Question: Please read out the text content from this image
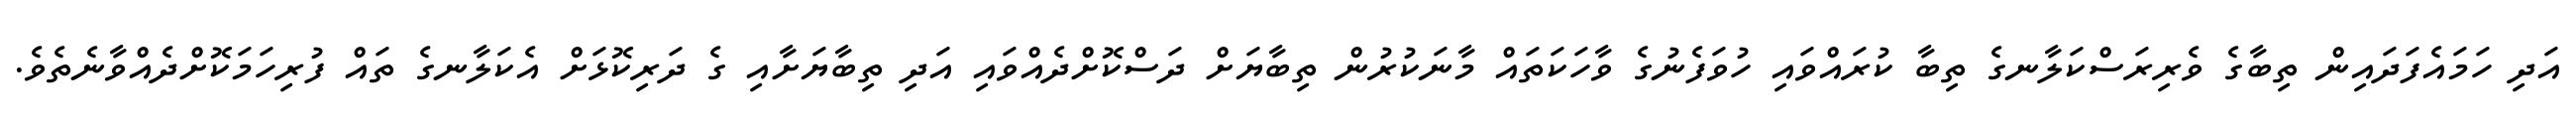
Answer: އަދި ހަމައެފަދައިން ތިބާގެ ވެރިރަސްކަލާނގެ ތިބާ ކުރައްވައި ހުވަފެނުގެ ވާހަކަތައް މާނަކުރުން ތިބާޔަށް ދަސްކޮށްދެއްވައި އަދި ތިބާޔަށާއި ގެ ދަރިކޮޅަށް އެކަލާނގެ ތައް ފުރިހަމަކޮށްދެއްވާނެތެވެ.